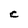
Character: C